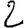
Digit: 2